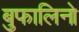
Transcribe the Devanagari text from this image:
बुफालिनो